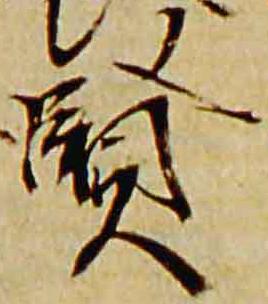
賢